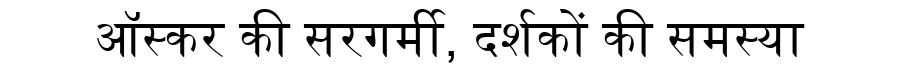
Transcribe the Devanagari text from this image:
ऑस्कर की सरगर्मी, दर्शकों की समस्या